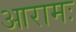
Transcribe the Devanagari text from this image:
आरामः